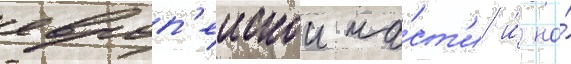
европ'еискои ча́ст'и и́ на́